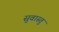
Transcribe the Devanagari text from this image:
सुवास्तु